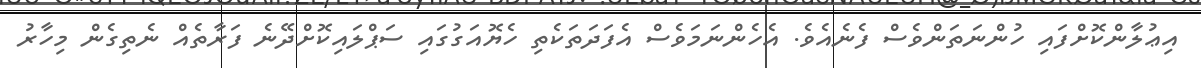
އިޢުލާންކޮށްފައި ހުންނަތަންވެސް ފެނެއެވެ. އެހެންނަމަވެސް އެފަދަތަކެތި ހެޔޮއަގުގައި ސަޕްލައިކޮށްދޭނެ ފަރާތެއް ނެތިގެން މިހާރު